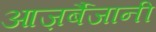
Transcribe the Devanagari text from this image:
आज़र्बैजानी